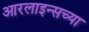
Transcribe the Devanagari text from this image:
आरलाइन्सच्या